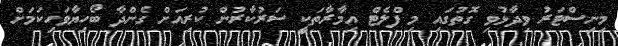
މިނިސްޓަރު ވިދާޅުވި ގޮތުގައި މި ފްލެޓް އިމާރާތަކީ ސަރުކާރުން ކުރިއަށް ގެންދާ ބޯހިޔާވަހިކަމަށް